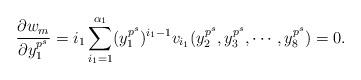
LaTeX: \begin{align*}\frac{\partial w_m}{\partial y_1^{p^s}}=i_1\sum_{i_1=1}^{\alpha_1}(y_1^{p^s})^{i_1-1}v_{i_1}(y_2^{p^s}, y_3^{p^s}, \cdots, y_8^{p^s})=0.\end{align*}